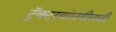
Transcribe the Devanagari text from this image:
ट्रॅक्टरबांधणीसाठी